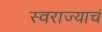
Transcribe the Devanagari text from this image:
स्वराज्याचं